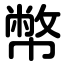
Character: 幣